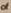
of